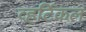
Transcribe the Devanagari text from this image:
व्हर्टिकल